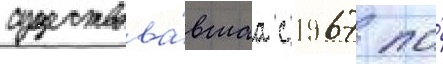
существова́вшаа с 1967 по́